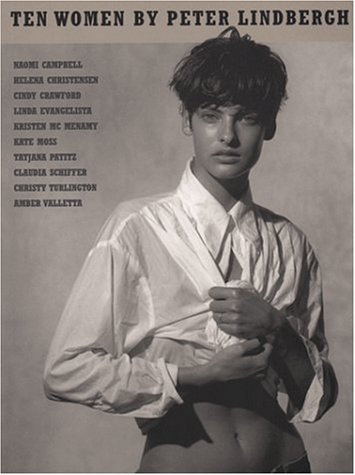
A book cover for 10 Women; Peter Lindbergh; Arts & Photography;